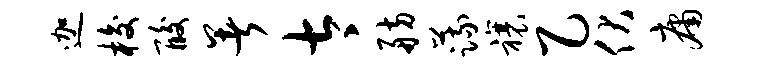
迦梭酸暑太舫蔬禳乙伏庸